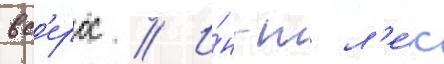
вс'ерос // И́н-т л'е́к